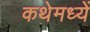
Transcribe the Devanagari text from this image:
कथेमध्यें